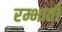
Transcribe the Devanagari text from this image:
रम्भाती